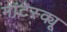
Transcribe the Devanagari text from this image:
मांटेस्क्यू